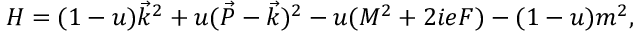
{ \cal H } = ( 1 - u ) \vec { k } ^ { 2 } + u ( \vec { P } - \vec { k } ) ^ { 2 } - u ( M ^ { 2 } + 2 i e F ) - ( 1 - u ) m ^ { 2 } ,